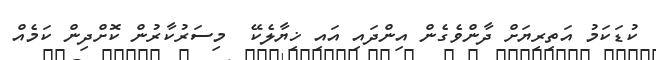
ކުޑަކަމު އަތިރިޔަށް ދާންވެގެން އިންދައި އައި ޚިޔާލެކޭ  މިސަރުކާރުން ކޮށްދިން ކަމެއް